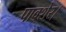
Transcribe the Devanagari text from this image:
पावशेर।